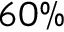
6 0 \%